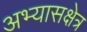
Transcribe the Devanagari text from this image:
अभ्यासक्षेत्र